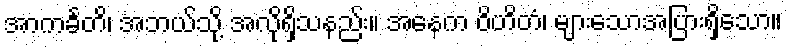
အာကင်္ခတိ၊ အဘယ်သို့ အလိုရှိသနည်း။ အနေက ဝိဟိတံ၊ များသောအပြားရှိသော။